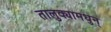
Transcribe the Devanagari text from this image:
तालुक्यामधुन्